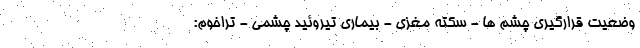
وضعیت قرارگیری چشم ها - سکته مغزی - بیماری تیروئید چشمی - تراخوم: